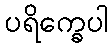
ပရိက္ခေပါ